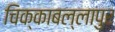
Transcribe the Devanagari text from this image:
चिक्काबल्लापुर